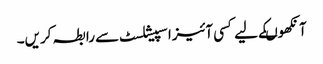
آنکھوںکے لیے کسی آئیزاسپیشلسٹ سے رابطہ کریں۔